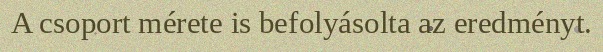
A csoport mérete is befolyásolta az eredményt.